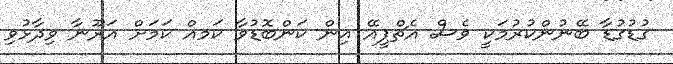
ގުޑުގުޑާ ބޭނުންކުރުމަކީ ވެސް އެޗްޕީއޭ އިން ކަންބޮޑުވާ ކަމއް ކަމަށް އަރޫނާ ވިދާޅުވި